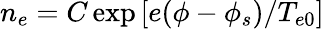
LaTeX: n_{e}=C\exp\left[e(\phi-\phi_{s})/T_{e0}\right]